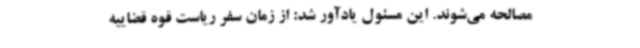
مصالحه می‌شوند. این مسئول یادآور شد: از زمان سفر ریاست قوه قضاییه